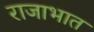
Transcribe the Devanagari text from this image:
राजाभात